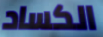
الكساد